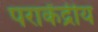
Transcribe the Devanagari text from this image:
पराकेंद्रीय